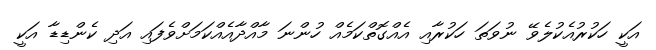
އަކީ ހަކުރުއެކުލެވޭ ނުވަތަ ހަކުރާއި އެއްގޮތްކަމެއް ހުންނަ މާއްދާއެއްކަމަށްވެފައި އަދި ކެންޑިޑާ އަކީ